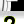
Digit: 2